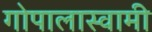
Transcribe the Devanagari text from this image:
गोपालास्वामी